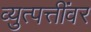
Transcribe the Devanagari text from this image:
व्युत्पत्तींवर